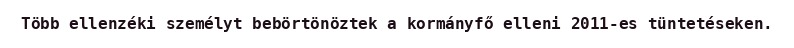
Több ellenzéki személyt bebörtönöztek a kormányfő elleni 2011-es tüntetéseken.